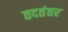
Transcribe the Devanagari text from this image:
तदतंतर